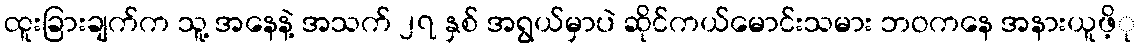
ထူးခြားချက်က သူ့ အနေနဲ့ အသက် ၂၇ နှစ် အရွယ်မှာပဲ ဆိုင်ကယ်မောင်းသမား ဘဝကနေ အနားယူဖိ့ု